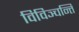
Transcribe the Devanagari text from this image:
विविञ्चन्ति